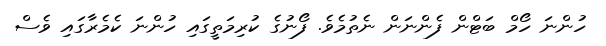
ހުންނަ ހޯމް ބަޓްން ފެންނަން ނެތުމެވެ. ފޯނުގެ ކުރިމަތީގައި ހުންނަ ކެމެރާގައި ވެސް